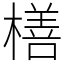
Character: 橏